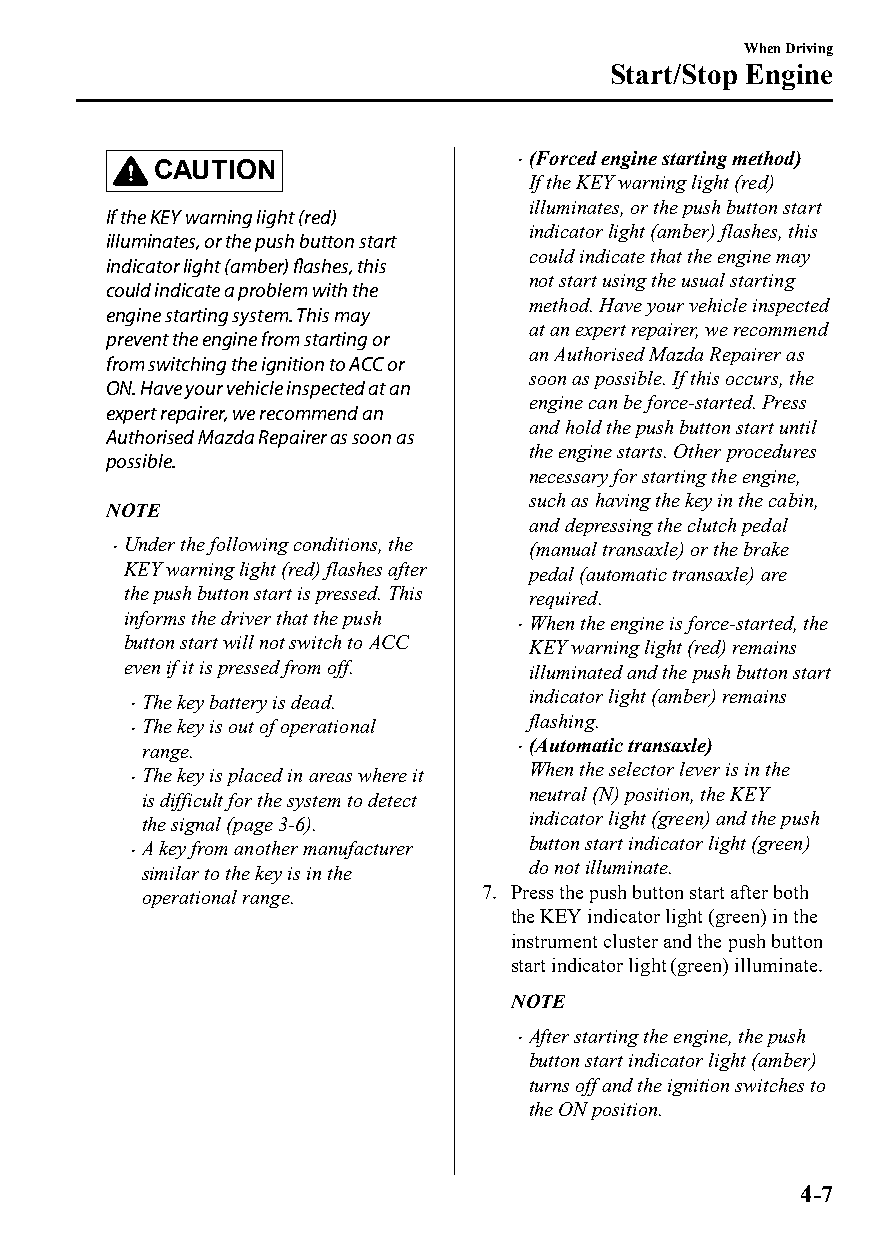
When Driving
 Start/Stop Engine
 (Forced engine starting method)
 CAUTION                 
 If the KEY warning light (red)
 illuminates, or the push button start
 If the KEY warning light (red)
 indicator light (amber) flashes, this
 illuminates, or the push button start
 could indicate that the engine may
 indicator light (amber) flashes, this
 not start using the usual starting
 could indicate a problem with the
 method. Have your vehicle inspected
 engine starting system. This may
 at an expert repairer, we recommend
 prevent the engine from starting or
 an Authorised Mazda Repairer as
 from switching the ignition to ACC or
 soon as possible. If this occurs, the
 ON. Have your vehicle inspected at an
 engine can be force-started. Press
 expert repairer, we recommend an
 and hold the push button start until
 Authorised Mazda Repairer as soon as
 the engine starts. Other procedures
 possible.
 necessary for starting the engine,
 such as having the key in the cabin,
 NOTE
 and depressing the clutch pedal
 Under the following conditions, the (manual transaxle) or the brake
 KEY warning light (red) flashes after pedal (automatic transaxle) are
 the push button start is pressed. This required.
 informs the driver that the push When the engine is force-started, the
 
 button start will not switch to ACC KEY warning light (red) remains
 even if it is pressed from off. illuminated and the push button start
 The key battery is dead.  indicator light (amber) remains
 
 The key is out of operational flashing.
 
 range.                   (Automatic transaxle)
 The key is placed in areas where it When the selector lever is in the
 
 is difficult for the system to detect neutral (N) position, the KEY
 the signal (page 3-6).    indicator light (green) and the push
 A key from another manufacturer button start indicator light (green)
 
 similar to the key is in the do not illuminate.
 operational range.     7. Press the push button start after both
 the KEY indicator light (green) in the
 instrument cluster and the push button
 start indicator light (green) illuminate.
 NOTE
 After starting the engine, the push
 
 button start indicator light (amber)
 turns off and the ignition switches to
 the ON position.
 4-7
 CX-3_8GT4-EE-18D_Edition4                  2018-9-6 18:32:19